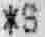
*S